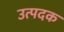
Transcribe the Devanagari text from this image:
उत्पदक